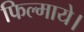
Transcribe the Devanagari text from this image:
फिल्माये।